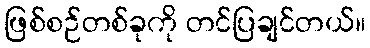
ဖြစ်စဉ်တစ်ခုကို တင်ပြချင်တယ်။